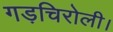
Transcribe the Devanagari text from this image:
गड़चिरोली।